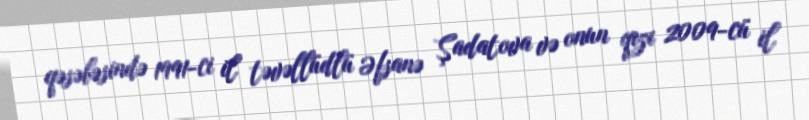
qəsəbəsində 1991-ci il təvəllüdlü Əfsanə Şadatova və onun qızı 2009-cü il